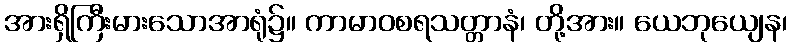
အားရှိကြီးမားသောအာရုံ၌။ ကာမာဝစရသတ္တာနံ၊ တို့အား။ ယေဘုယျေန၊